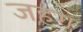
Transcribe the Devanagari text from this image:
जहग